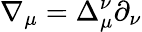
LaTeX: \nabla_{\mu}=\Delta_{\mu}^{\nu}\partial_{\nu}